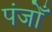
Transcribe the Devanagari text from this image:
पंजोँ